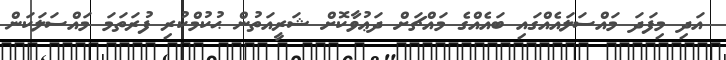
އަދި މިފަދަ މައްސަލައެއްގައި ބައެއްގެ މައްޗަށް ދަޢުވާކޮށް ޝަރީއަތުން ޙުކުމްކުރި ފުރަތަމަ މައްސަލަކަން